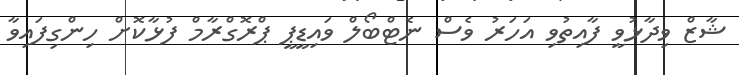
ޝާޒް ވިދާޅުވީ ފާއިތުވި އަހަރު ވެސް ނެޓްބޯލް ވައިޑީޕީ ޕްރޮގްރާމް ފުޅާކޮށް ހިންގިފައިވާ